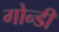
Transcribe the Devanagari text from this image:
गोन्डी